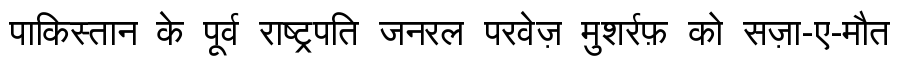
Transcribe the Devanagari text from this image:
पाकिस्तान के पूर्व राष्ट्रपति जनरल परवेज़ मुशर्रफ़ को सज़ा-ए-मौत